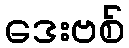
ဒေးဗစ်